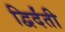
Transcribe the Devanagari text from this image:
द्विर्दंती